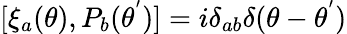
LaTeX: [{\xi}_{a}(\theta),P_{b}({\theta}^{'})]=i{\delta}_{ab}{\delta}(\theta-{\theta}^{'})